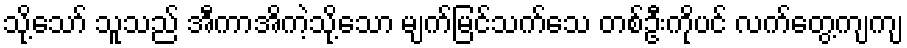
သို့သော် သူသည် အီကာအိကဲ့သို့သော မျက်မြင်သက်သေ တစ်ဦးကိုပင် လက်တွေ့ကျကျ